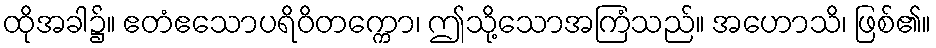
ထိုအခါ၌။ ဧတံဧသောပရိဝိတက္ကော၊ ဤသို့သောအကြံသည်။ အဟောသိ၊ ဖြစ်၏။